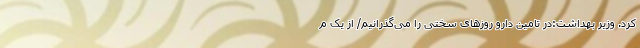
کرد. وزیر بهداشت:در تامین دارو روزهای سختی را می‌گذرانیم/ از یک م